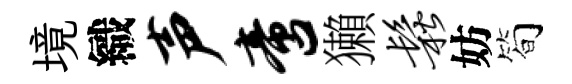
境織声啻獺松妨简